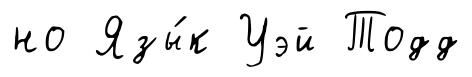
но Язы́к Уэй Тодд